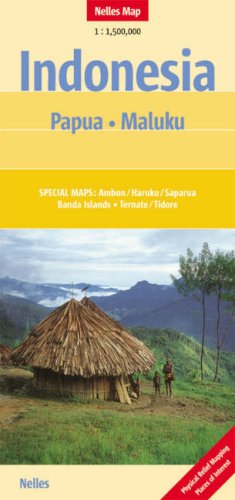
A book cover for Papua/Maluku (Nelles Map); Nelles Maps; Travel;